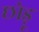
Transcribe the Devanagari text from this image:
छोड़ू